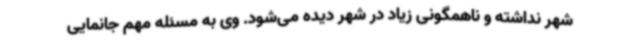
شهر نداشته و ناهمگونی زیاد در شهر دیده می‌شود. وی به مسئله مهم جانمایی